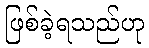
ဖြစ်ခဲ့ရသည်ဟု